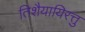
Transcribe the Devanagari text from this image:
तिशैयायिरत्तु